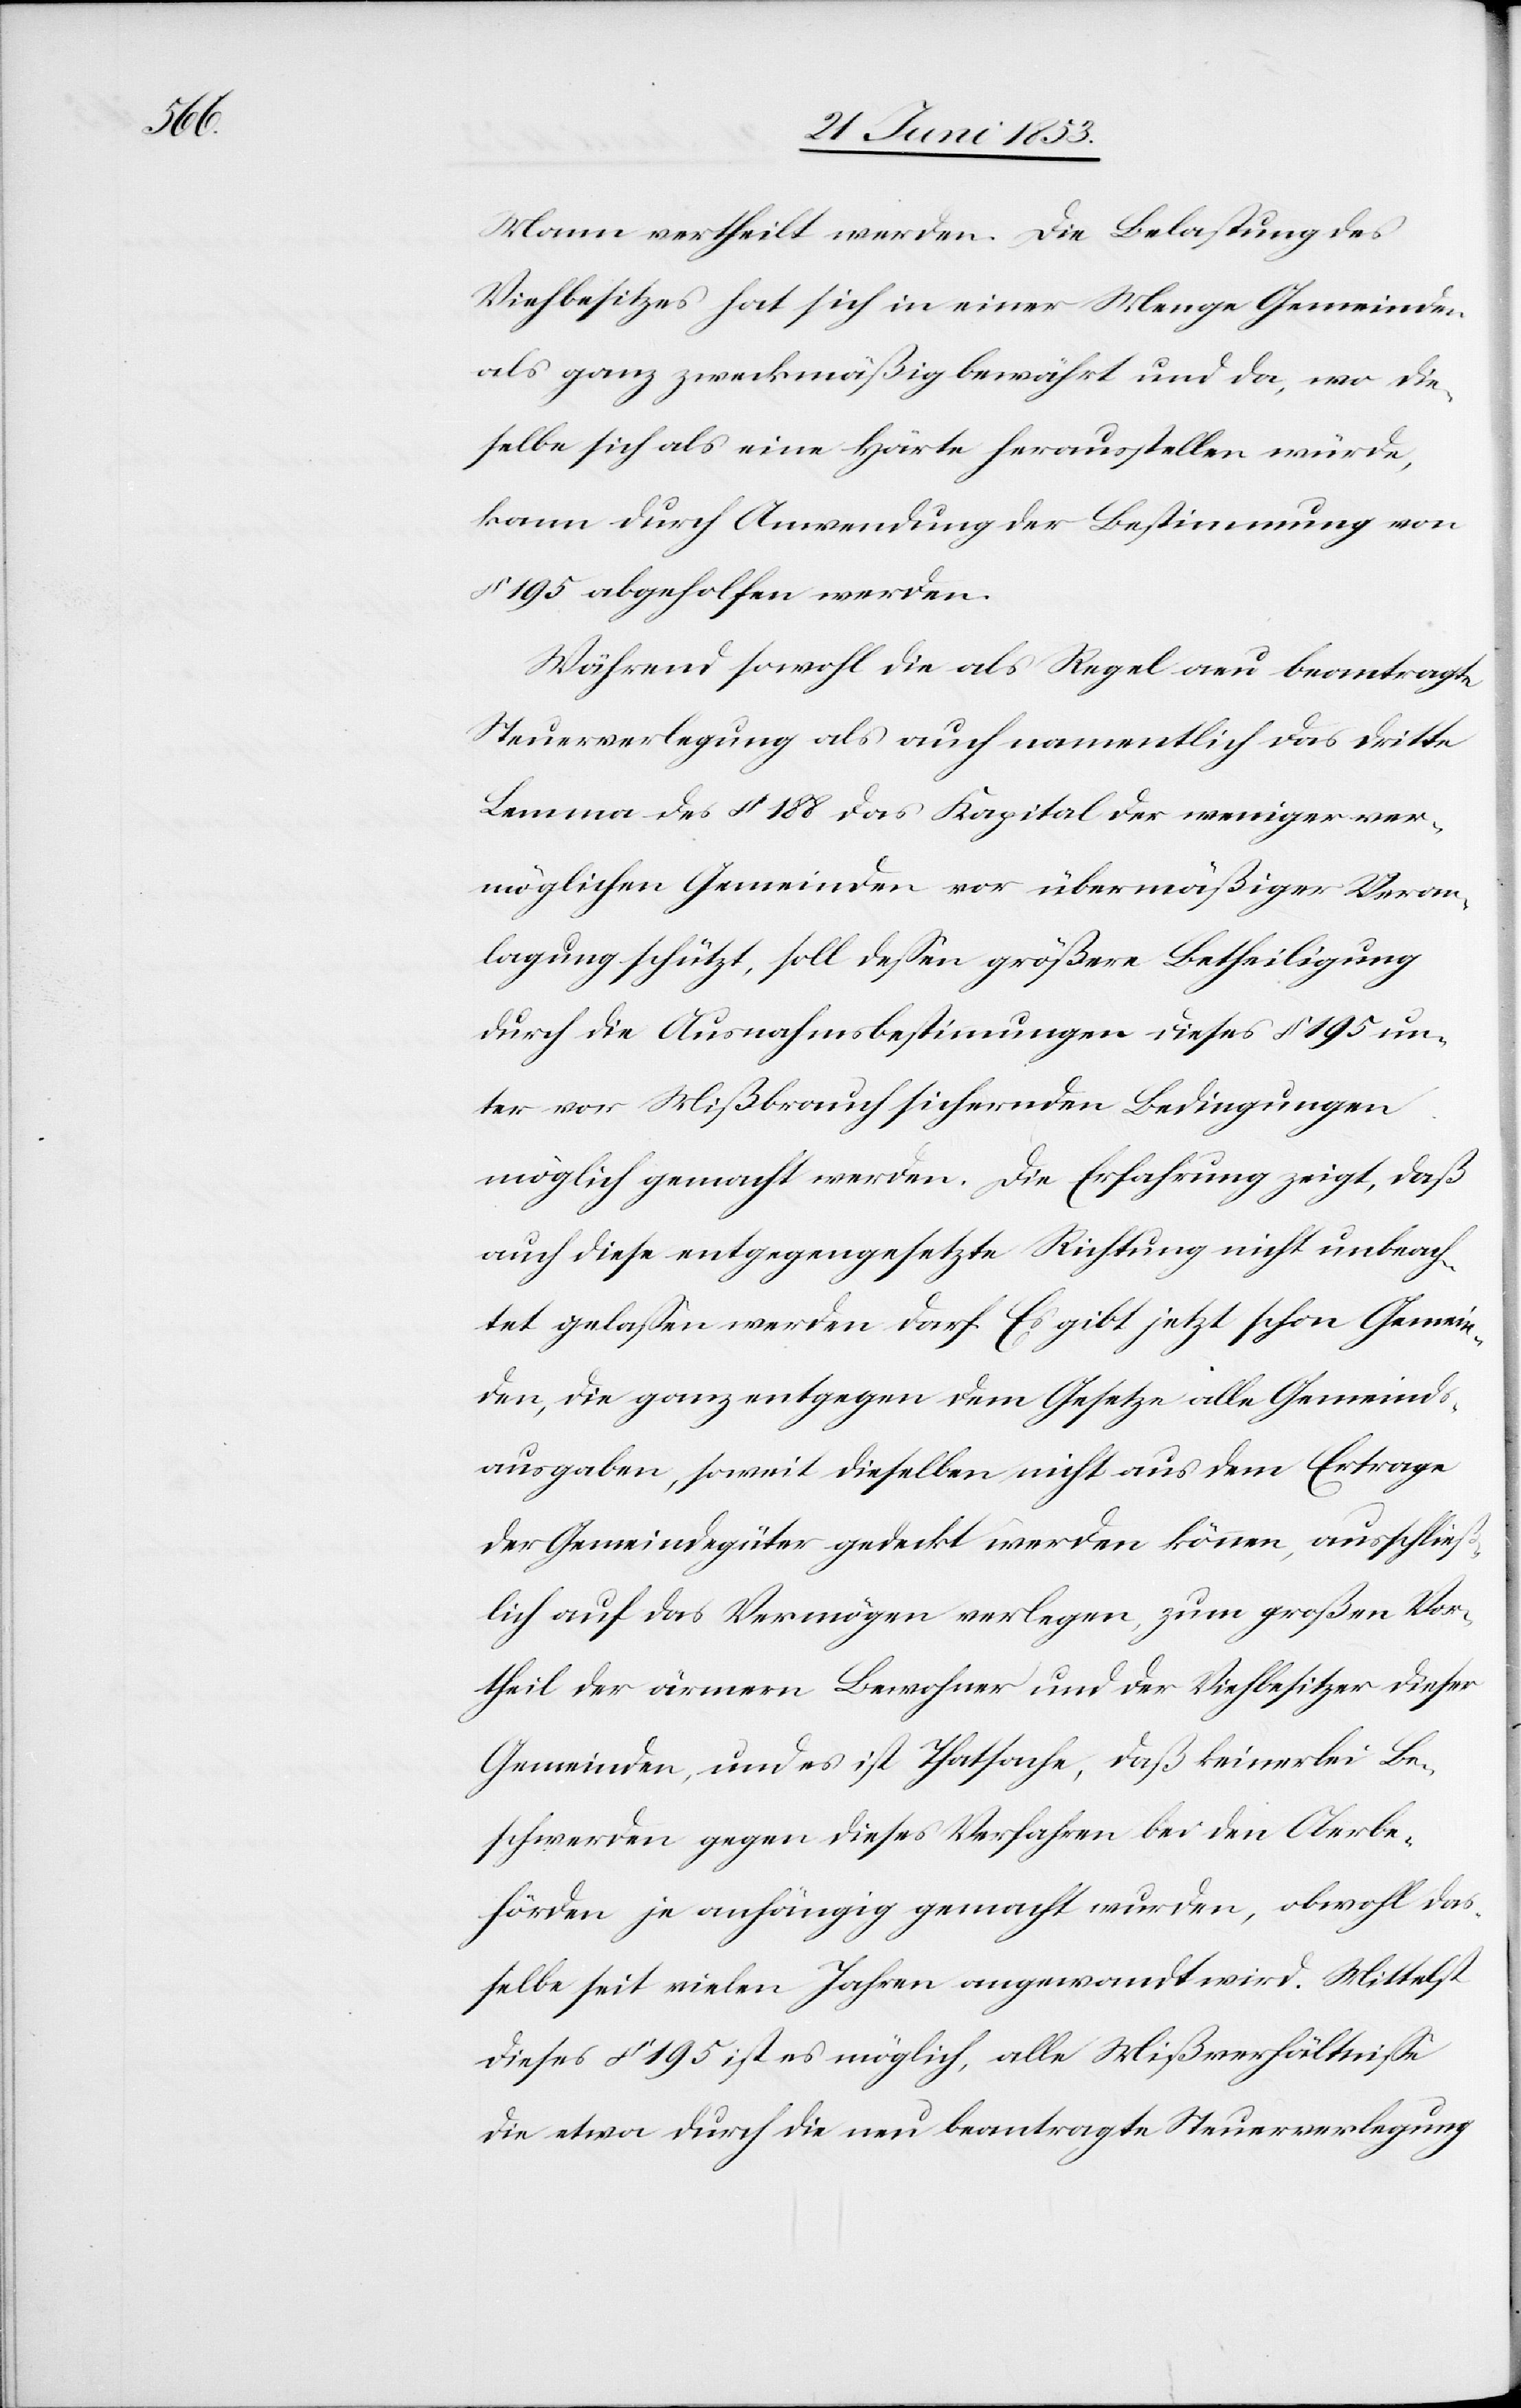
Mann vertheilt werden. Die Belastung des
Viehbesitzes hat sich in einer Menge Gemeinden
als ganz zweckmäßig bewährt und da, wo die¬
selbe sich als eine Härte herausstellen würde,
kann durch Anwendung der Bestimmung von
§ 195 abgeholfen werden.
Während sowohl die als Regel neu beantragte
Steuerverlegung als auch namentlich das dritte
Lemma des § 188 das Kapital der weniger ver¬
möglichen Gemeinden vor über mäßiger Veran¬
lagung schützt, soll deßen größere Betheiligung
durch die Ausnahmsbestimmungen dieses § 195 un¬
ter vor Mißbrauch sichernden Bedingungen
möglich gemacht werden. Die Erfahrung zeigt, daß
auch diese entgegengesetzte Richtung nicht unbeach¬
tet gelaßen werden darf. Es gibt jetzt schon Gemein¬
den, die ganz entgegen dem Gesetze alle Gemeinds¬
ausgaben, soweit dieselben nicht aus dem Ertrage
der Gemeindgüter gedeckt werden können, ausschließ¬
lich auf das Vermögen verlegen, zum großen Vor¬
theil der ärmern Bewohner und der Viehbesitzer dieser
Gemeinden, und es ist Thatsache, daß keinerlei Besc¬
hwerden je anhängig gemacht werden, obwohl das¬
selbe seit vielen Jahren angewandt wird. Mittelst
dieses § 195 ist es möglich, alle Mißverhältniße
die etwa durch die neu beantragte Steuerverlegung